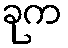
ခုက